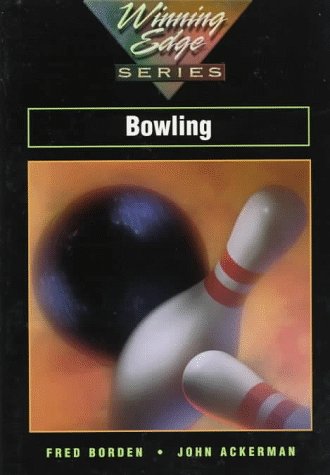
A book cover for Bowling; Fred Borden; Sports & Outdoors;